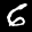
Label: 6